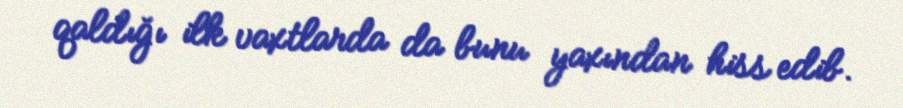
qaldığı ilk vaxtlarda da bunu yaxından hiss edib.